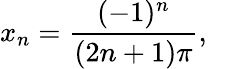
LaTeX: x_{n}={\frac{(-1)^{n}}{(2n+1)\pi}},\quad